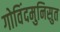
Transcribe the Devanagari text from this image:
गोविंदमुनिसुत